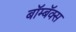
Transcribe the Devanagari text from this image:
बॉम्बॅक्स